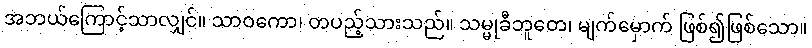
အဘယ်ကြောင့်သာလျှင်။ သာဝကော၊ တပည့်သားသည်။ သမ္မုခီဘူတေ၊ မျက်မှောက် ဖြစ်၍ဖြစ်သော။